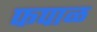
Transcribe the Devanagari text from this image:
फपाळ